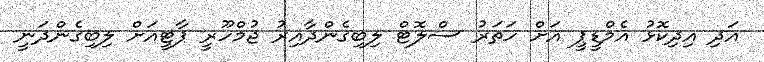
އަދި އިދިކޮޅު އެމްޑީޕީ އަށް ހަތަރު ސްލޮޓް ލިބިގެންދާއިރު ޖުމްހޫރީ ޕާޓީއަށް ލިބިގެންދަނީ